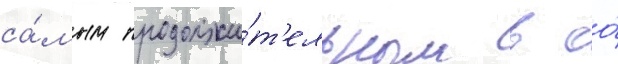
са́мым продолжи́т'ельным в ео́